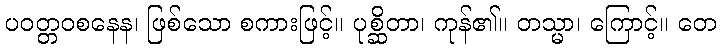
ပဝတ္တဝစနေန၊ ဖြစ်သော စကားဖြင့်။ ပုစ္ဆိတာ၊ ကုန်၏။ တသ္မာ၊ ကြောင့်။ တေ